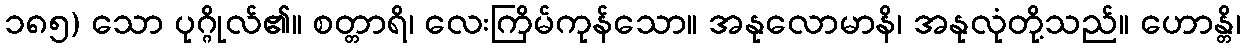
၁၈၅) သော ပုဂ္ဂိုလ်၏။ စတ္တာရိ၊ လေးကြိမ်ကုန်သော။ အနုလောမာနိ၊ အနုလုံတို့သည်။ ဟောန္တိ၊